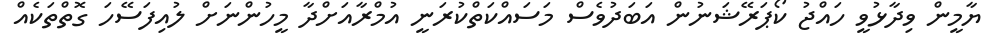
ޔާމީން ވިދާޅުވީ ހައްޖު ކޯޕަރޭޝަނުން އަބަދުވެސް މަސައްކަތްކުރަނީ އުމްރާއަށްދާ މީހުންނަށް ލުއިފަސޭހަ ގޮތްތަކެއް